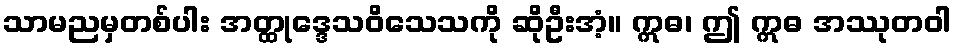
သာမညမှတစ်ပါး အတ္ထုဒ္ဒေသဝိသေသကို ဆိုဦးအံ့။ ဣဓ၊ ဤ ဣဓ အဿုတဝါ